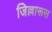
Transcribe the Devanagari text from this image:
जिल्लारूस